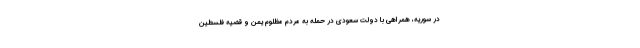
در سوریه، همراهی با دولت سعودی در حمله به مردم مظلوم یمن و قضیه فلسطین